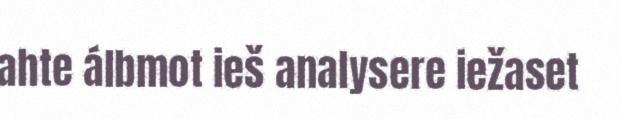
ahte álbmot ieš analysere iežaset